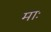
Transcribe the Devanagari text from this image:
माः